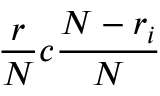
\frac { r } { N } c \frac { N - r _ { i } } { N }